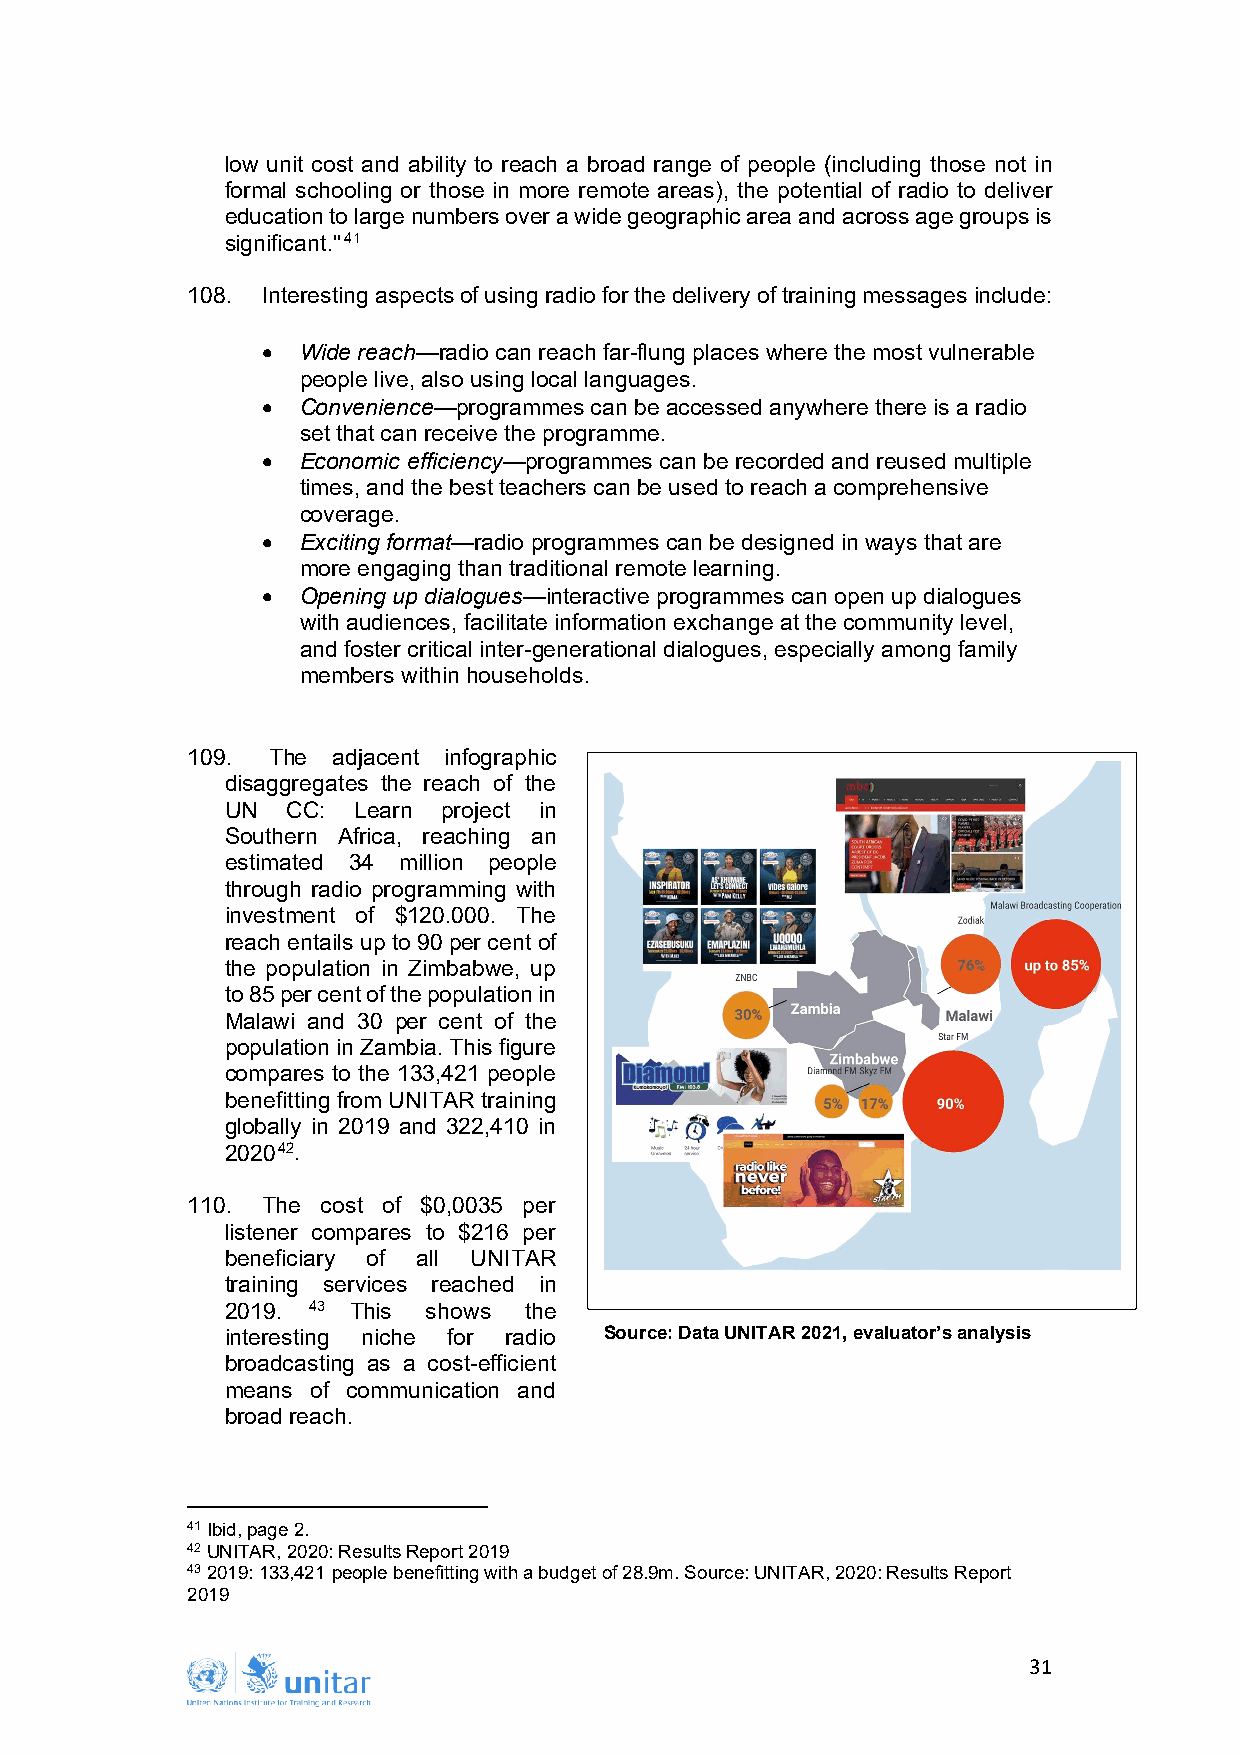
low unit cost and ability to reach a broad range of people (including those not in
 formal schooling or those in more remote areas), the potential of radio to deliver
 education to large numbers over a wide geographic area and across age groups is
 significant."41
 108. Interesting aspects of using radio for the delivery of training messages include:
 •  Wide reach—radio can reach far-flung places where the most vulnerable
 people live, also using local languages.
 •  Convenience—programmes can be accessed anywhere there is a radio
 set that can receive the programme.
 •  Economic efficiency—programmes can be recorded and reused multiple
 times, and the best teachers can be used to reach a comprehensive
 coverage.
 •  Exciting format—radio programmes can be designed in ways that are
 more engaging than traditional remote learning.
 •  Opening up dialogues—interactive programmes can open up dialogues
 with audiences, facilitate information exchange at the community level,
 and foster critical inter-generational dialogues, especially among family
 members within households.
 109.  The adjacent infographic
 disaggregates the reach of the
 UN  CC: Learn project in
 Southern Africa, reaching an
 estimated 34 million people
 through radio programming with
 investment of $120.000. The
 reach entails up to 90 per cent of
 the population in Zimbabwe, up
 to 85 per cent of the population in
 Malawi and 30 per cent of the
 population in Zambia. This figure
 compares to the 133,421 people
 benefitting from UNITAR training
 globally in 2019 and 322,410 in
 202042.
 110. The cost of $0,0035 per
 listener compares to $216 per
 beneficiary of all UNITAR
 training services reached in
 2019. 43 This shows the
 interesting niche for radio Source: Data UNITAR 2021, evaluator’s analysis
 broadcasting as a cost-efficient
 means of communication and
 broad reach.
 41 Ibid, page 2.
 42 UNITAR, 2020: Results Report 2019
 43 2019: 133,421 people benefitting with a budget of 28.9m. Source: UNITAR, 2020: Results Report
 2019
 31